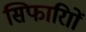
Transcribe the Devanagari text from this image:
सिफारिाों